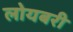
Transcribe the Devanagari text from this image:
लोयबरी